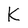
Character: K